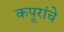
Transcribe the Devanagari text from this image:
कपूरांचे